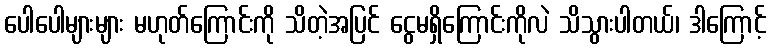
ပေါပေါများများ မဟုတ်ကြောင်းကို သိတဲ့အပြင် ငွေမရှိကြောင်းကိုလဲ သိသွားပါတယ်၊ ဒါကြောင့်